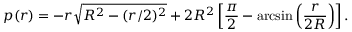
p ( r ) = - r \sqrt { R ^ { 2 } - ( r / 2 ) ^ { 2 } } + 2 R ^ { 2 } \left[ \frac { \pi } { 2 } - \arcsin \left( \frac { r } { 2 R } \right) \right] .